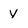
Character: y